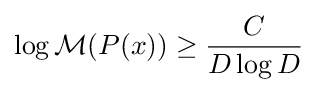
\log {\mathcal {M}}(P(x))\geq {\frac {C}{D\log D}}